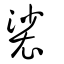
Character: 裟